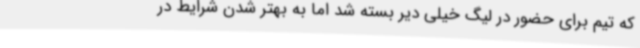
که تیم برای حضور در لیگ خیلی دیر بسته شد اما به بهتر شدن شرایط در